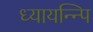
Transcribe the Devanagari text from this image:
ध्यायन्न्पि